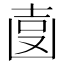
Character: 𠚓